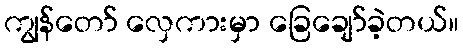
ကျွန်တော် လှေကားမှာ ခြေချော်ခဲ့တယ်။